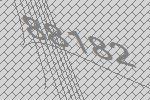
88182